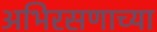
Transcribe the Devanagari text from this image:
अभिरसणाच्या